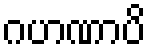
ဂဟဏာပိ